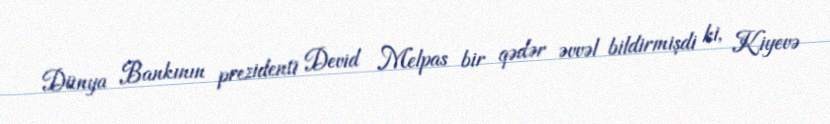
Dünya Bankının prezidenti Devid Melpas bir qədər əvvəl bildirmişdi ki, Kiyevə